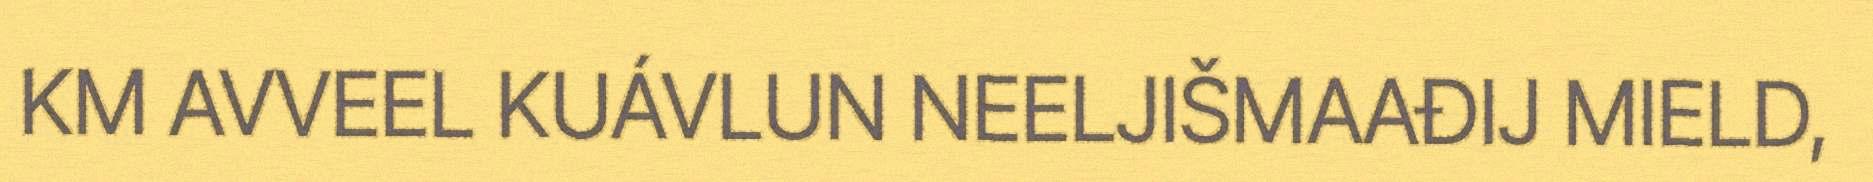
KM AVVEEL KUÁVLUN NEELJIŠMAAĐIJ MIELD,